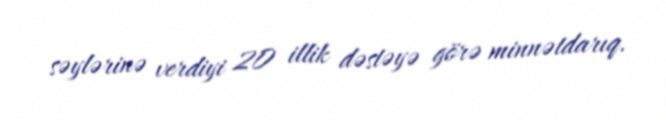
səylərinə verdiyi 20 illik dəstəyə görə minnətdarıq.